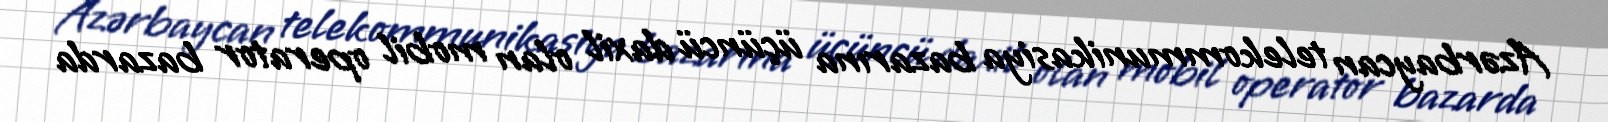
Azərbaycan telekommunikasiya bazarına üçüncü daxil olan mobil operator bazarda